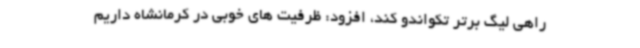
راهی لیگ برتر تکواندو کند، افزود: ظرفیت های خوبی در کرمانشاه داریم